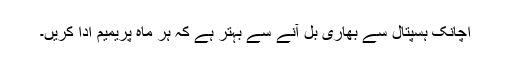
اچانک ہسپتال سے بھاری بل آنے سے بہتر ہے کہ ہر ماہ پریمیم ادا کریں۔